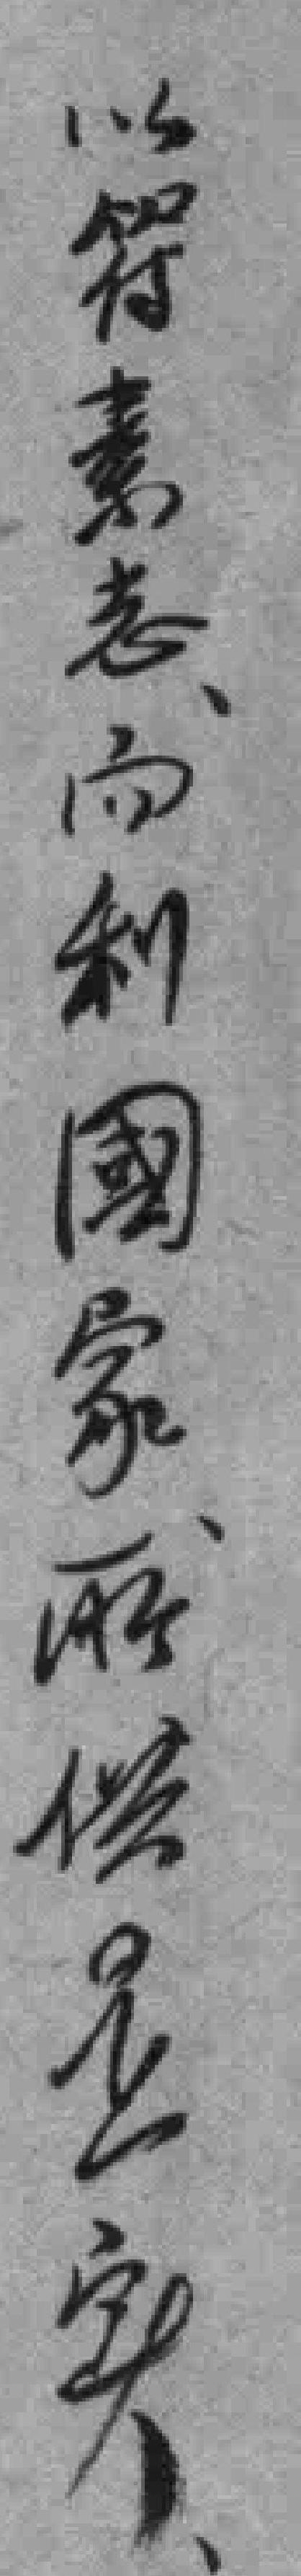
以符素志而利國家所供是实